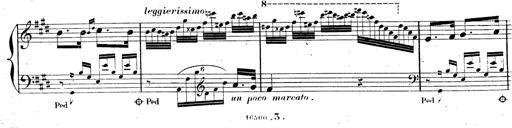
Title: AnnÃ©es de pÃ¨lerinage II, SupplÃ©ment
Composer: Franz Liszt